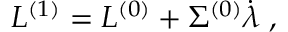
L ^ { ( 1 ) } = L ^ { ( 0 ) } + \Sigma ^ { ( 0 ) } \dot { \lambda } \; ,